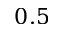
0 . 5